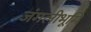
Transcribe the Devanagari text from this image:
जंगलीभूमि